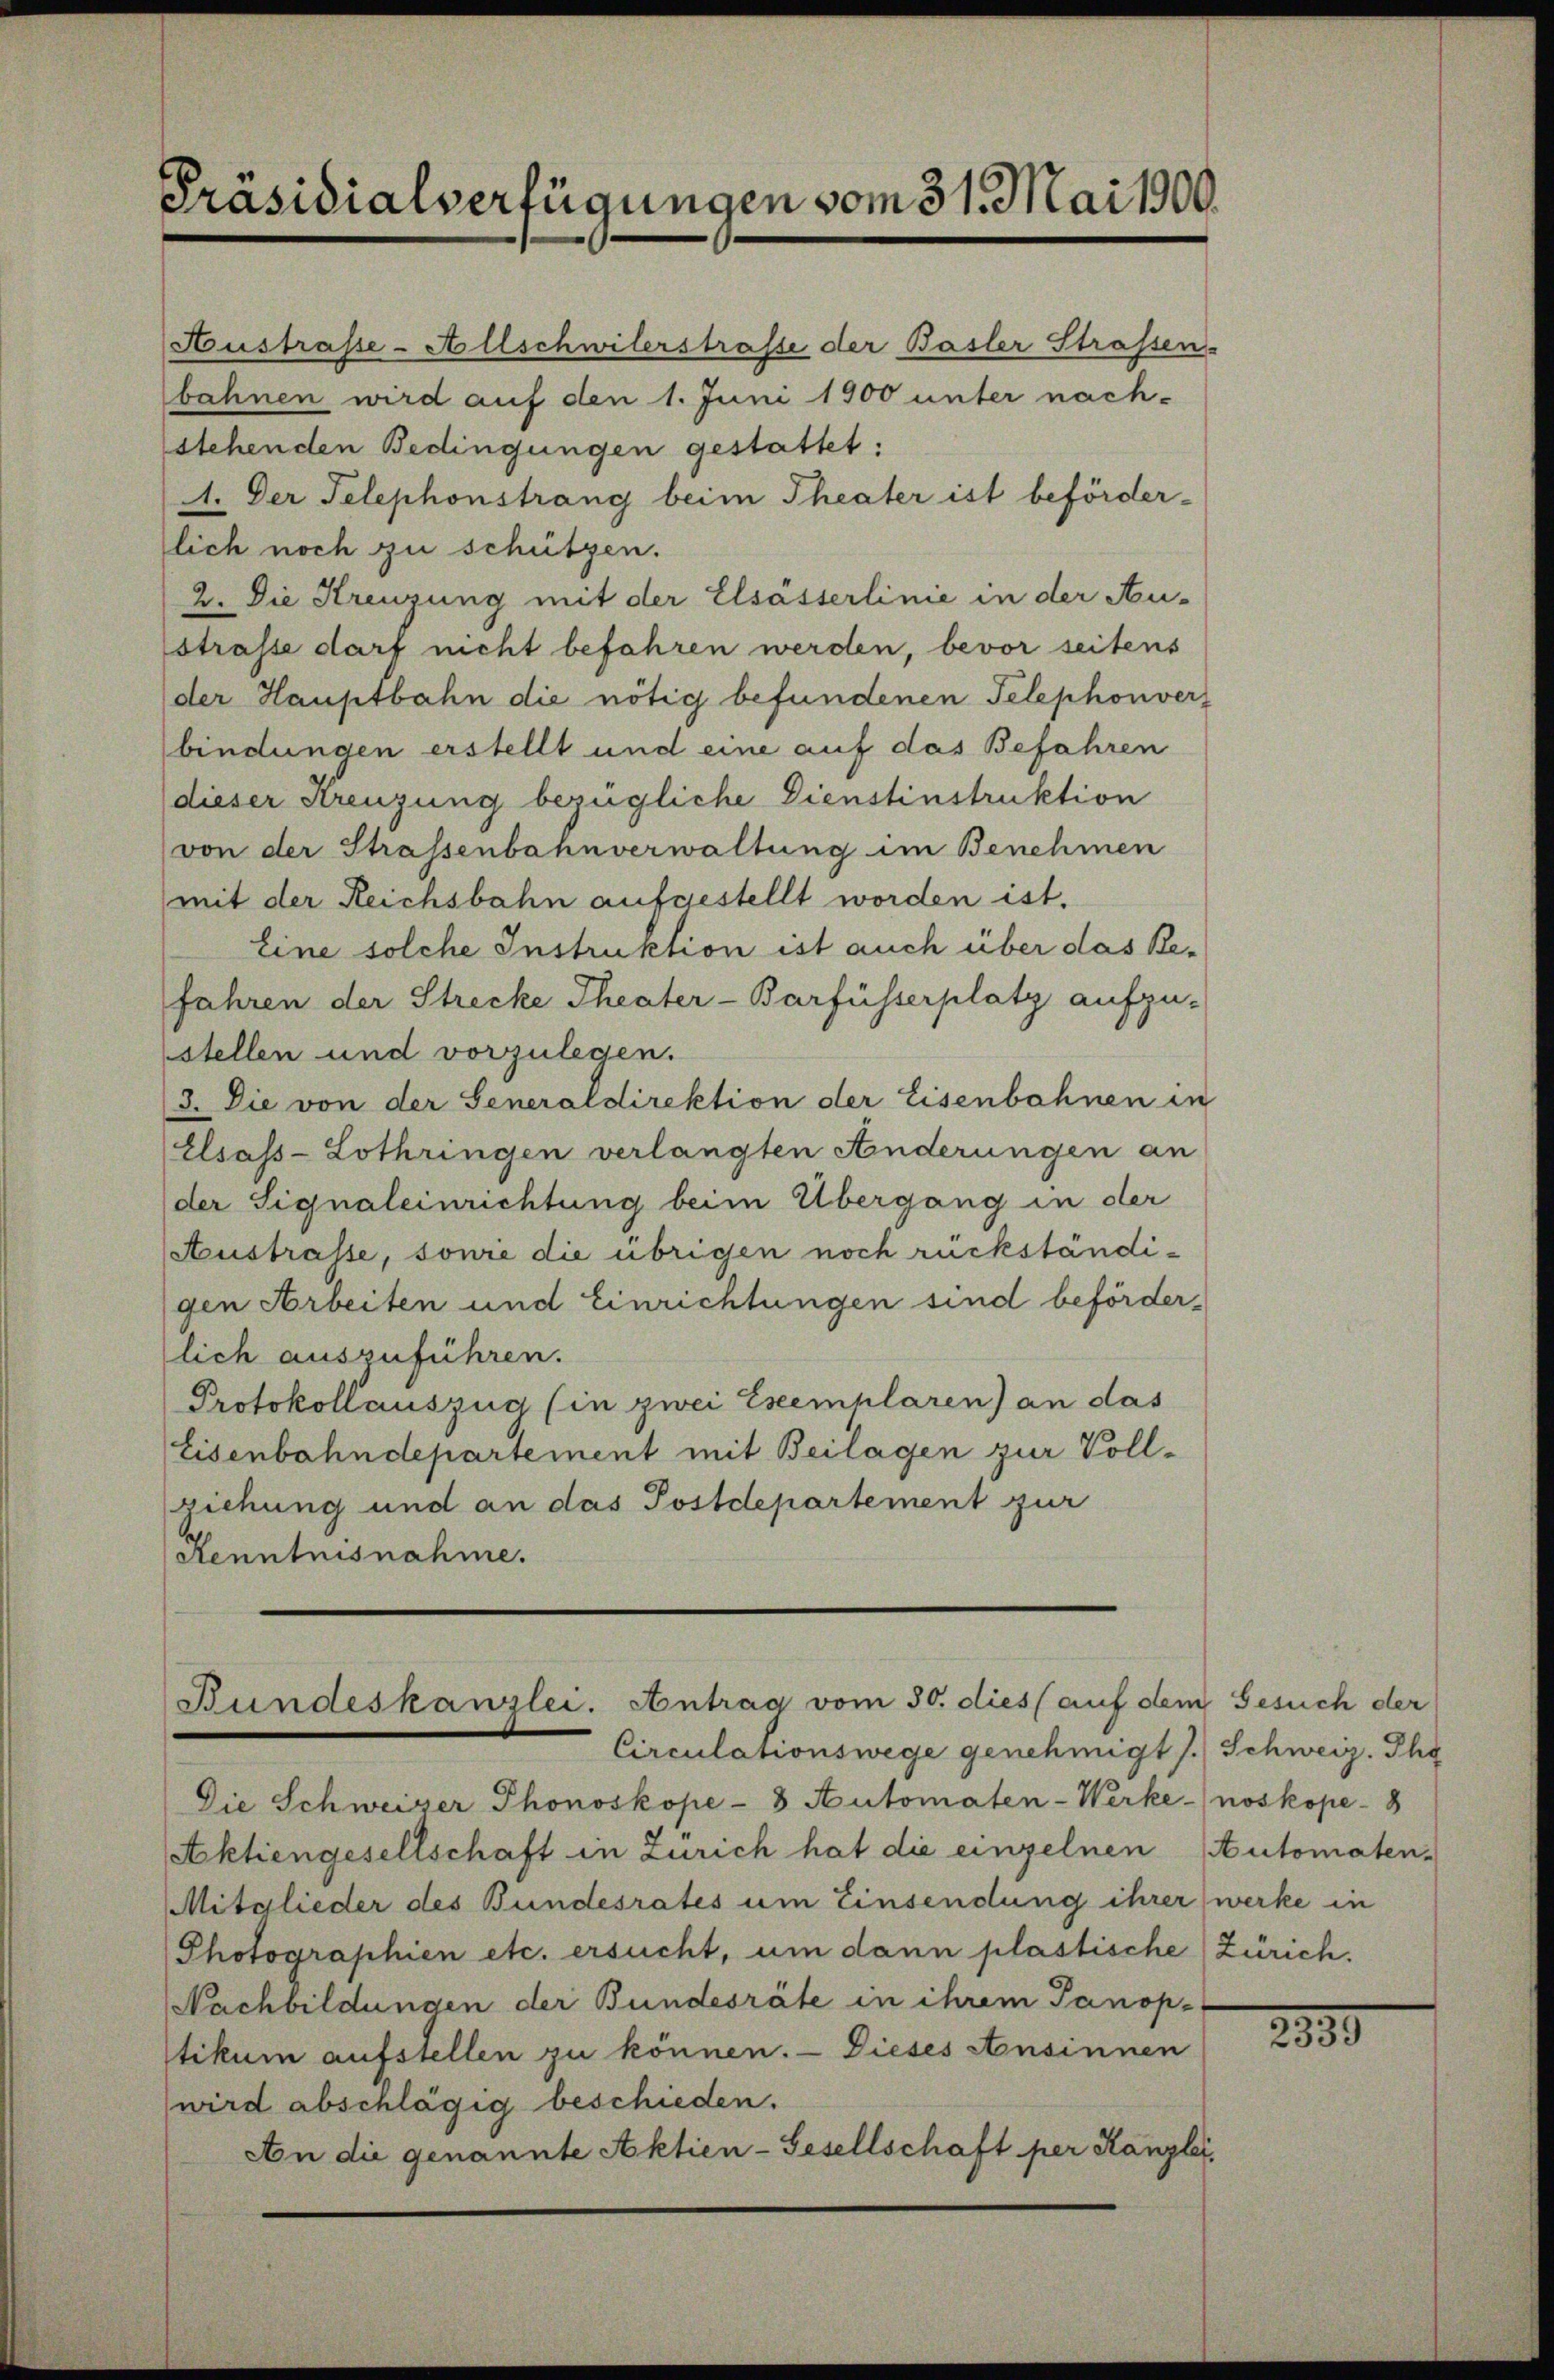
Präsidialverfügungen vom 31. Mai 1900.

Auskasse-Allschwilerstrasse der Basler Strassen.
bahnen wird auf den 1. Juni 1900 unter nach-
stehenden Bedingungen gestattet:
A. Der Telephonstrang beim Theater ist beförder-
lich noch zu schützen.
2. Die Kreuzung mit der Elsässerlinie in der Au-
strasse darf nicht befahren werden, bevor seitens
der Hauptbahn die nötig befundenen Telephonverz
bindungen erstellt und eine auf das Befahren
dieser Kreuzung bezügliche Dienstinstruktion
von der Strassenbahnverwaltung im Benehmen
mit der Reichsbahn aufgestellt worden ist.
Eine solche Instruktion ist auch über das Re-
Jahren der Strecke Theater-Barfüsserplatz aufzu-
stellen und vorzulegen.
3. Die von der Generaldirektion der Eisenbahnen in
Elsass-Lothringen verlangten Anderungen an
der Signaleinrichtung beim Übergang in der
Austrasse, sowie die übrigen noch rückständigen Arbeiten und Einrichtungen sind beförderlich auszuführen.
Protokollauszug (in zwei Exemplaren) an das
Eisenbahndepartement mit Beilagen zur Vollziehung und an das Postdepartement zur
Kenntnisnahme.

Bundeskanzlei. Antrag vom 30. dies auf dem Gesuch der
Circulationswege genehmigt / Schweiz. The

Die Schweizer Thonoskope-8 Automaten-Werke-noskope- 8
Aktiengesellschaft in Zürich hat die einzelnen Automaten-
Mitglieder des Bundesrates um Einsendung ihrerwerke in
Photographien etc. ersucht, um dann plastische Zürich.
Nachbildungen der Bundesräte in ihrem Panop-
tikum aufstellen zu können. — Dieses Ansinnen
wird abschlägig beschieden.
An die genannte Aktien-Gesellschaft per Kanzlei,

2899